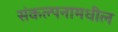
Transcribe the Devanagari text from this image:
संकल्पनामधील